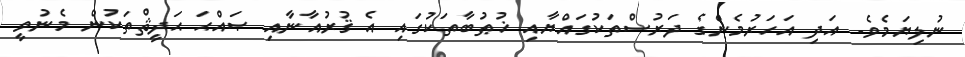
ނުލިޔަމެވެ. އަދި އަހަރުމެންގެ ދަރުސްތަކުގައްޔާއި ޚުޠުބާތަކުގައި އެ ޤުރުއާނާއި ޞައްޙަ ޙަދީޘްތަކުން މެނުވީ